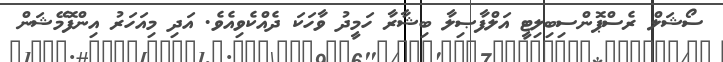
ސޯޝަލް ރެސްޕޮންސިބިލިޓީ އަލްފާޞިލާ ބިޝާރާ ހަމީދު ވާހަކަ ދެއްކެވިއެވެ. އަދި މިއަހަރު އިންފޮމޭޝަން